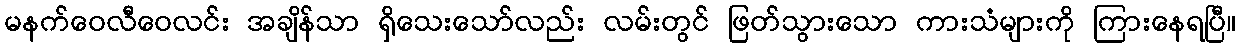
မနက်ဝေလီဝေလင်း အချိန်သာ ရှိသေးသော်လည်း လမ်းတွင် ဖြတ်သွားသော ကားသံများကို ကြားနေရပြီ။